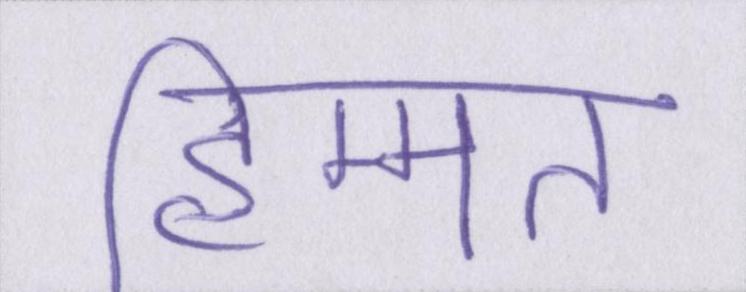
हिम्मत